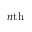
n \mathrm { { t h } }